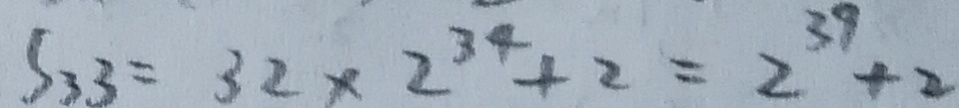
S _ { 3 3 } = 3 2 \times 2 ^ { 3 4 } + 2 = 2 ^ { 3 9 } + 2